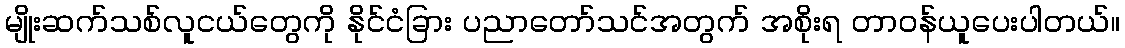
မျိုးဆက်သစ်လူငယ်တွေကို နိုင်ငံခြား ပညာတော်သင်အတွက် အစိုးရ တာဝန်ယူပေးပါတယ်။